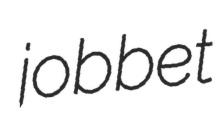
jobbet